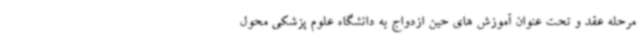
مرحله عقد و تحت عنوان آموزش های حین ازدواج به دانشگاه علوم پزشکی محول